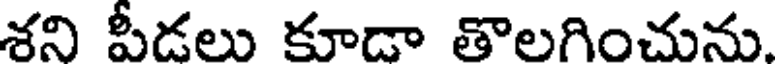
శని పీడలు కూడా తొలగించును.